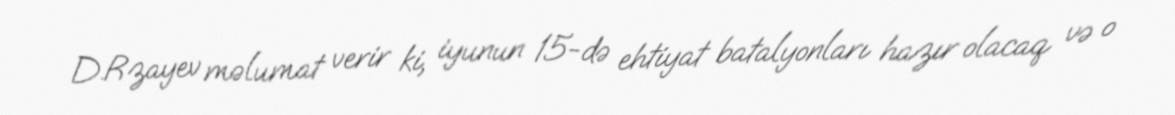
D.Rzayev məlumat verir ki, iyunun 15-də ehtiyat batalyonları hazır olacaq və o